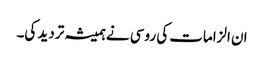
ان الزامات کی روسی نے ہمیشہ تردید کی۔